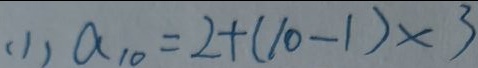
( 1 ) a _ { 1 0 } = 2 + ( 1 0 - 1 ) \times 3